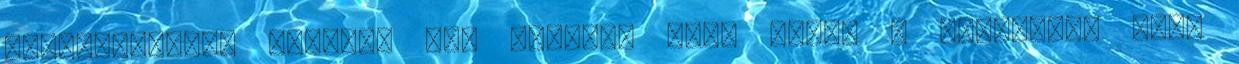
eszméletlenül bejött. Nem kérdés, hogy várom a következő rész